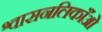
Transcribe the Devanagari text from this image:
श्वासनलिकाँओं